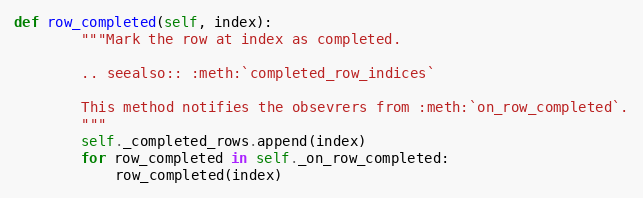
Language: Python
def row_completed(self, index):
        """Mark the row at index as completed.

        .. seealso:: :meth:`completed_row_indices`

        This method notifies the obsevrers from :meth:`on_row_completed`.
        """
        self._completed_rows.append(index)
        for row_completed in self._on_row_completed:
            row_completed(index)